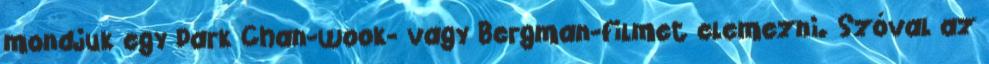
mondjuk egy Park Chan-wook- vagy Bergman-filmet elemezni. Szóval az